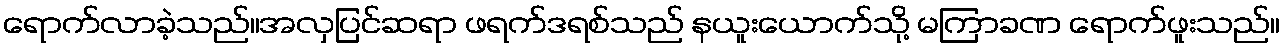
ရောက်လာခဲ့သည်။အလှပြင်ဆရာ ဖရက်ဒရစ်သည် နယူးယောက်သို့ မကြာခဏ ရောက်ဖူးသည်။